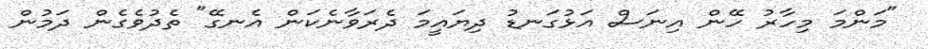
"މަންމަ މިހާރު ހޭން އިނަސް އަޅުގަނޑު ދިޔައީމަ ދެރަވާނެކަން އެނގޭ" ތެދުވެގެން ދަމުން